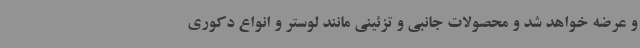
و عرضه خواهد شد و محصولات جانبی و تزئینی مانند لوستر و انواع دکوری